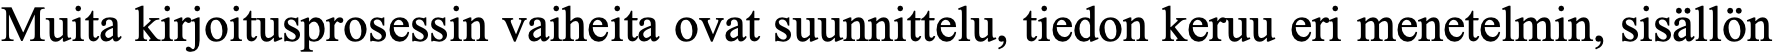
Muita kirjoitusprosessin vaiheita ovat suunnittelu, tiedon keruu eri menetelmin, sisällön